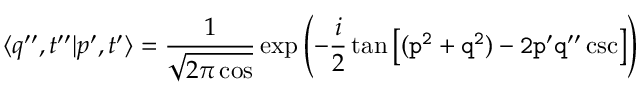
\langle q ^ { \prime \prime } , t ^ { \prime \prime } | p ^ { \prime } , t ^ { \prime } \rangle = { \frac { 1 } { \sqrt { 2 \pi \cos \tt } } } \exp \left( - { \frac { i } { 2 } } \tan \tt \left[ ( p ^ { 2 } + q ^ { 2 } ) - 2 p ^ { \prime } q ^ { \prime \prime } \csc \tt \right] \right)